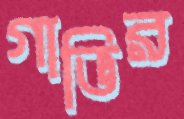
গাভির